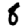
Digit: 8